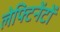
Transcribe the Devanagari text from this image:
लेफ्टिनेंटों